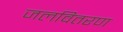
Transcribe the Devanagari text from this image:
जलवितरण